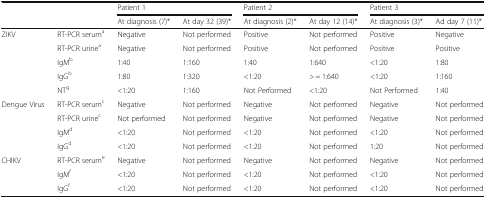
<table><thead><tr><td></td><td></td><td colspan="2"><b>Patient 1</b></td><td colspan="2"><b>Patient 2</b></td><td colspan="2"><b>Patient 3</b></td></tr><tr><td></td><td></td><td><b>At diagnosis (7)*</b></td><td><b>At day 32 (39)*</b></td><td><b>At diagnosis (2)*</b></td><td><b>At day 12 (14)*</b></td><td><b>At diagnosis (3)*</b></td><td><b>Ad day 7 (11)*</b></td></tr></thead><tbody><tr><td rowspan="4">ZIKV</td><td>RT-PCR serum<sup>a</sup></td><td>Negative</td><td>Not performed</td><td>Positive</td><td>Not performed</td><td>Positive</td><td>Negative</td></tr><tr><td>RT-PCR urine<sup>a</sup></td><td>Negative</td><td>Not performed</td><td>Positive</td><td>Not performed</td><td>Positive</td><td>Positive</td></tr><tr><td>IgM<sup>b</sup></td><td>1:40</td><td>1:160</td><td>1:40</td><td>1:640</td><td>&lt;1:20</td><td>1:80</td></tr><tr><td>IgG<sup>b</sup></td><td>1:80</td><td>1:320</td><td>&lt;1:20</td><td>&gt; = 1:640</td><td>&lt;1:20</td><td>1:160</td></tr><tr><td></td><td>NT<sup>g</sup></td><td>&lt;1:20</td><td>1:160</td><td>Not Performed</td><td>&lt;1:20</td><td>Not Performed</td><td>1:40</td></tr><tr><td rowspan="4">Dengue Virus</td><td>RT-PCR serum<sup>c</sup></td><td>Negative</td><td>Not performed</td><td>Negative</td><td>Not performed</td><td>Negative</td><td>Not performed</td></tr><tr><td>RT-PCR urine<sup>c</sup></td><td>Not performed</td><td>Not performed</td><td>Negative</td><td>Not performed</td><td>Negative</td><td>Not performed</td></tr><tr><td>IgM<sup>d</sup></td><td>&lt;1:20</td><td>Not performed</td><td>&lt;1:20</td><td>Not performed</td><td>&lt;1:20</td><td>Not performed</td></tr><tr><td>IgG<sup>d</sup></td><td>&lt;1:20</td><td>Not performed</td><td>&lt;1:20</td><td>Not performed</td><td>1:20</td><td>Not performed</td></tr><tr><td rowspan="3">CHIKV</td><td>RT-PCR serum<sup>e</sup></td><td>Negative</td><td>Not performed</td><td>Negative</td><td>Not performed</td><td>Negative</td><td>Not performed</td></tr><tr><td>IgM<sup>f</sup></td><td>&lt;1:20</td><td>Not performed</td><td>&lt;1:20</td><td>Not performed</td><td>&lt;1:20</td><td>Not performed</td></tr><tr><td>IgG<sup>f</sup></td><td>&lt;1:20</td><td>Not performed</td><td>&lt;1:20</td><td>Not performed</td><td>&lt;1:20</td><td>Not performed</td></tr></tbody></table>